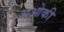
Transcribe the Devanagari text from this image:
अओकी